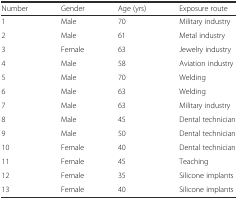
<table><thead><tr><td><b>Number</b></td><td><b>Gender</b></td><td><b>Age (yrs)</b></td><td><b>Exposure route</b></td></tr></thead><tbody><tr><td>1</td><td>Male</td><td>70</td><td>Military industry</td></tr><tr><td>2</td><td>Male</td><td>61</td><td>Metal industry</td></tr><tr><td>3</td><td>Female</td><td>63</td><td>Jewelry industry</td></tr><tr><td>4</td><td>Male</td><td>58</td><td>Aviation industry</td></tr><tr><td>5</td><td>Male</td><td>70</td><td>Welding</td></tr><tr><td>6</td><td>Male</td><td>63</td><td>Welding</td></tr><tr><td>7</td><td>Male</td><td>63</td><td>Military industry</td></tr><tr><td>8</td><td>Male</td><td>45</td><td>Dental technician</td></tr><tr><td>9</td><td>Male</td><td>50</td><td>Dental technician</td></tr><tr><td>10</td><td>Female</td><td>40</td><td>Dental technician</td></tr><tr><td>11</td><td>Female</td><td>45</td><td>Teaching</td></tr><tr><td>12</td><td>Female</td><td>35</td><td>Silicone implants</td></tr><tr><td>13</td><td>Female</td><td>40</td><td>Silicone implants</td></tr></tbody></table>